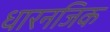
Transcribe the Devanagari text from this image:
धारनजिक